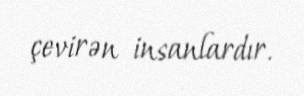
çevirən insanlardır.